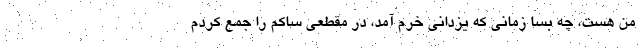
من هست، چه بسا زمانی که یزدانی خرم آمد، در مقطعی ساکم را جمع کردم